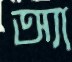
অ্যা